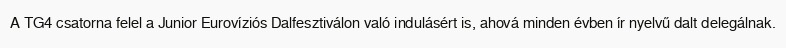
A TG4 csatorna felel a Junior Eurovíziós Dalfesztiválon való indulásért is, ahová minden évben ír nyelvű dalt delegálnak.